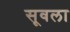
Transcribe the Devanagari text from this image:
सूवला